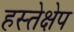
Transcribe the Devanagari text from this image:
हस्तेक्षेप